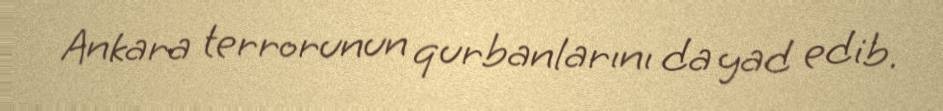
Ankara terrorunun qurbanlarını da yad edib.